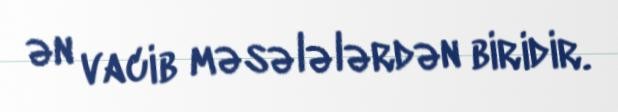
ən vacib məsələlərdən biridir.